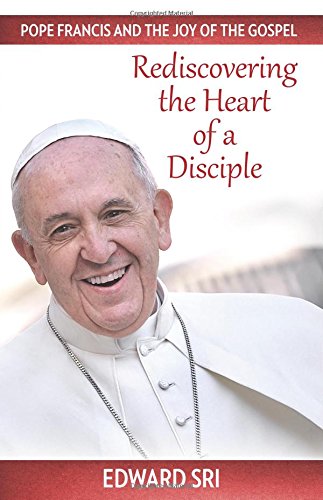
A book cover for Pope Francis and the Joy of the Gospel: Rediscovering the Heart of a Disciple; Edward Sri; Christian Books & Bibles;